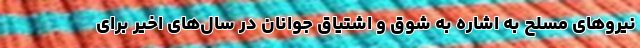
نیروهای مسلح به اشاره به شوق و اشتیاق جوانان در سال‌های اخیر برای